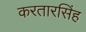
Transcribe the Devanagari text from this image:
करतारसिंह